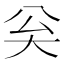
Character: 𡗳